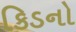
કિડનો